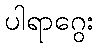
ပါရာဂွေး